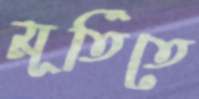
মূর্তিতে